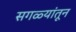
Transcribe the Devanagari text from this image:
सगळ्यांतून